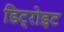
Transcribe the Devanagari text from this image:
डिट्रोइट